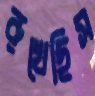
রুখেছিস